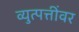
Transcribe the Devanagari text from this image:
व्युत्पत्तींवर